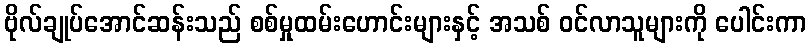
ဗိုလ်ချုပ်အောင်ဆန်းသည် စစ်မှုထမ်းဟောင်းများနှင့် အသစ် ဝင်လာသူများကို ပေါင်းကာ